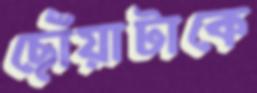
ছোঁয়াটাকে